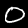
Digit: 0